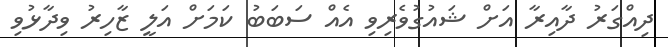
ދިއްގަރު ދާއިރާ އަށް ޝައުގުވެރިވި އެއް ސަބަބު ކަމަށް އަލީ ޒާހިރު ވިދާޅުވި